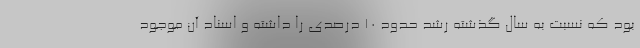
بود که نسبت به سال گذشته رشد حدود ۱۰ درصدی را داشته و اسناد آن موجود